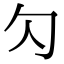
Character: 勽